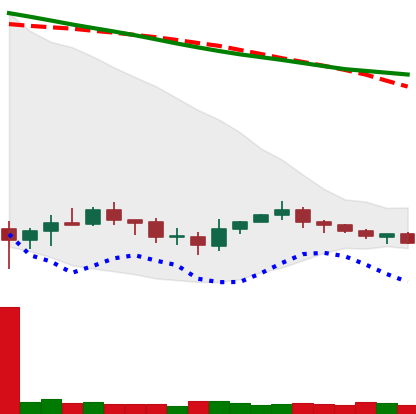
Ticker: XRP-USD
Chart end date: 2019-12-14
Forward return: -12.209%
Label: down_7plus